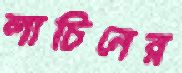
লাচিনের